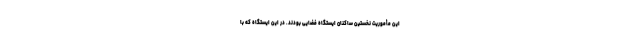
این مأموریت نخستین ساکنان ایستگاه فضایی بودند. در این ایستگاه که با